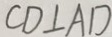
C D \bot A D